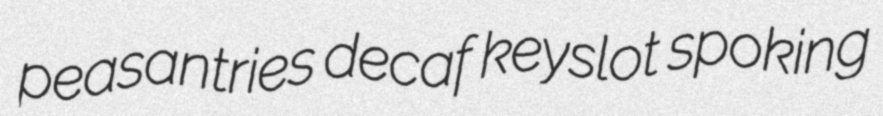
peasantries decaf keyslot spoking